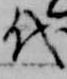
代